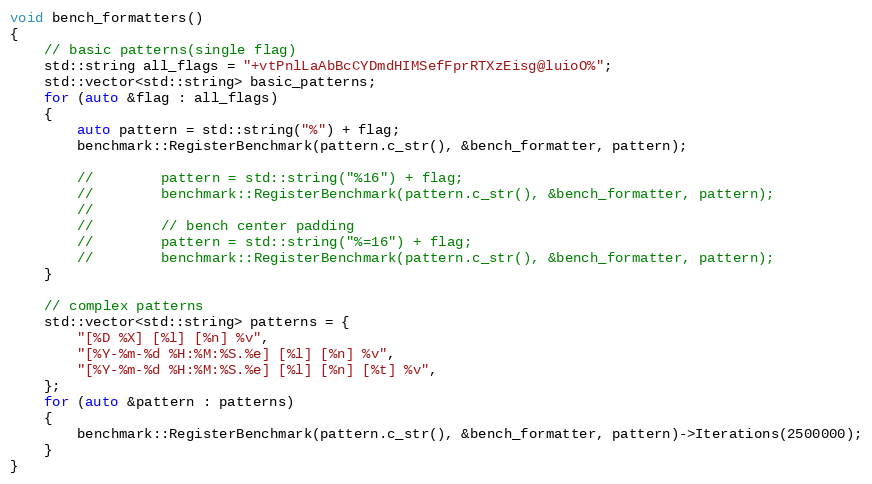
Language: C++
void bench_formatters()
{
    // basic patterns(single flag)
    std::string all_flags = "+vtPnlLaAbBcCYDmdHIMSefFprRTXzEisg@luioO%";
    std::vector<std::string> basic_patterns;
    for (auto &flag : all_flags)
    {
        auto pattern = std::string("%") + flag;
        benchmark::RegisterBenchmark(pattern.c_str(), &bench_formatter, pattern);

        //        pattern = std::string("%16") + flag;
        //        benchmark::RegisterBenchmark(pattern.c_str(), &bench_formatter, pattern);
        //
        //        // bench center padding
        //        pattern = std::string("%=16") + flag;
        //        benchmark::RegisterBenchmark(pattern.c_str(), &bench_formatter, pattern);
    }

    // complex patterns
    std::vector<std::string> patterns = {
        "[%D %X] [%l] [%n] %v",
        "[%Y-%m-%d %H:%M:%S.%e] [%l] [%n] %v",
        "[%Y-%m-%d %H:%M:%S.%e] [%l] [%n] [%t] %v",
    };
    for (auto &pattern : patterns)
    {
        benchmark::RegisterBenchmark(pattern.c_str(), &bench_formatter, pattern)->Iterations(2500000);
    }
}